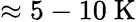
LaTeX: \approx 5-10\ \mathrm{K}